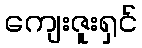
ကျေးဇူးရှင်